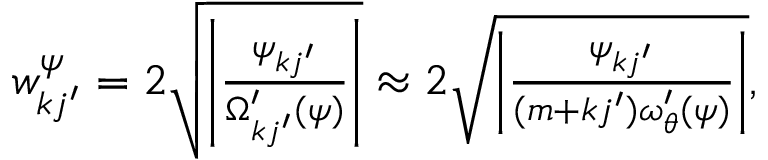
\begin{array} { r } { w _ { k j ^ { \prime } } ^ { \psi } = 2 \sqrt { \left| \frac { \psi _ { k j ^ { \prime } } } { \Omega _ { k j ^ { \prime } } ^ { \prime } ( \psi ) } \right| } \approx 2 \sqrt { \left| \frac { \psi _ { k j ^ { \prime } } } { ( m + k j ^ { \prime } ) \omega _ { \theta } ^ { \prime } ( \psi ) } \right| } , } \end{array}